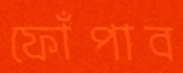
ফোঁপাব